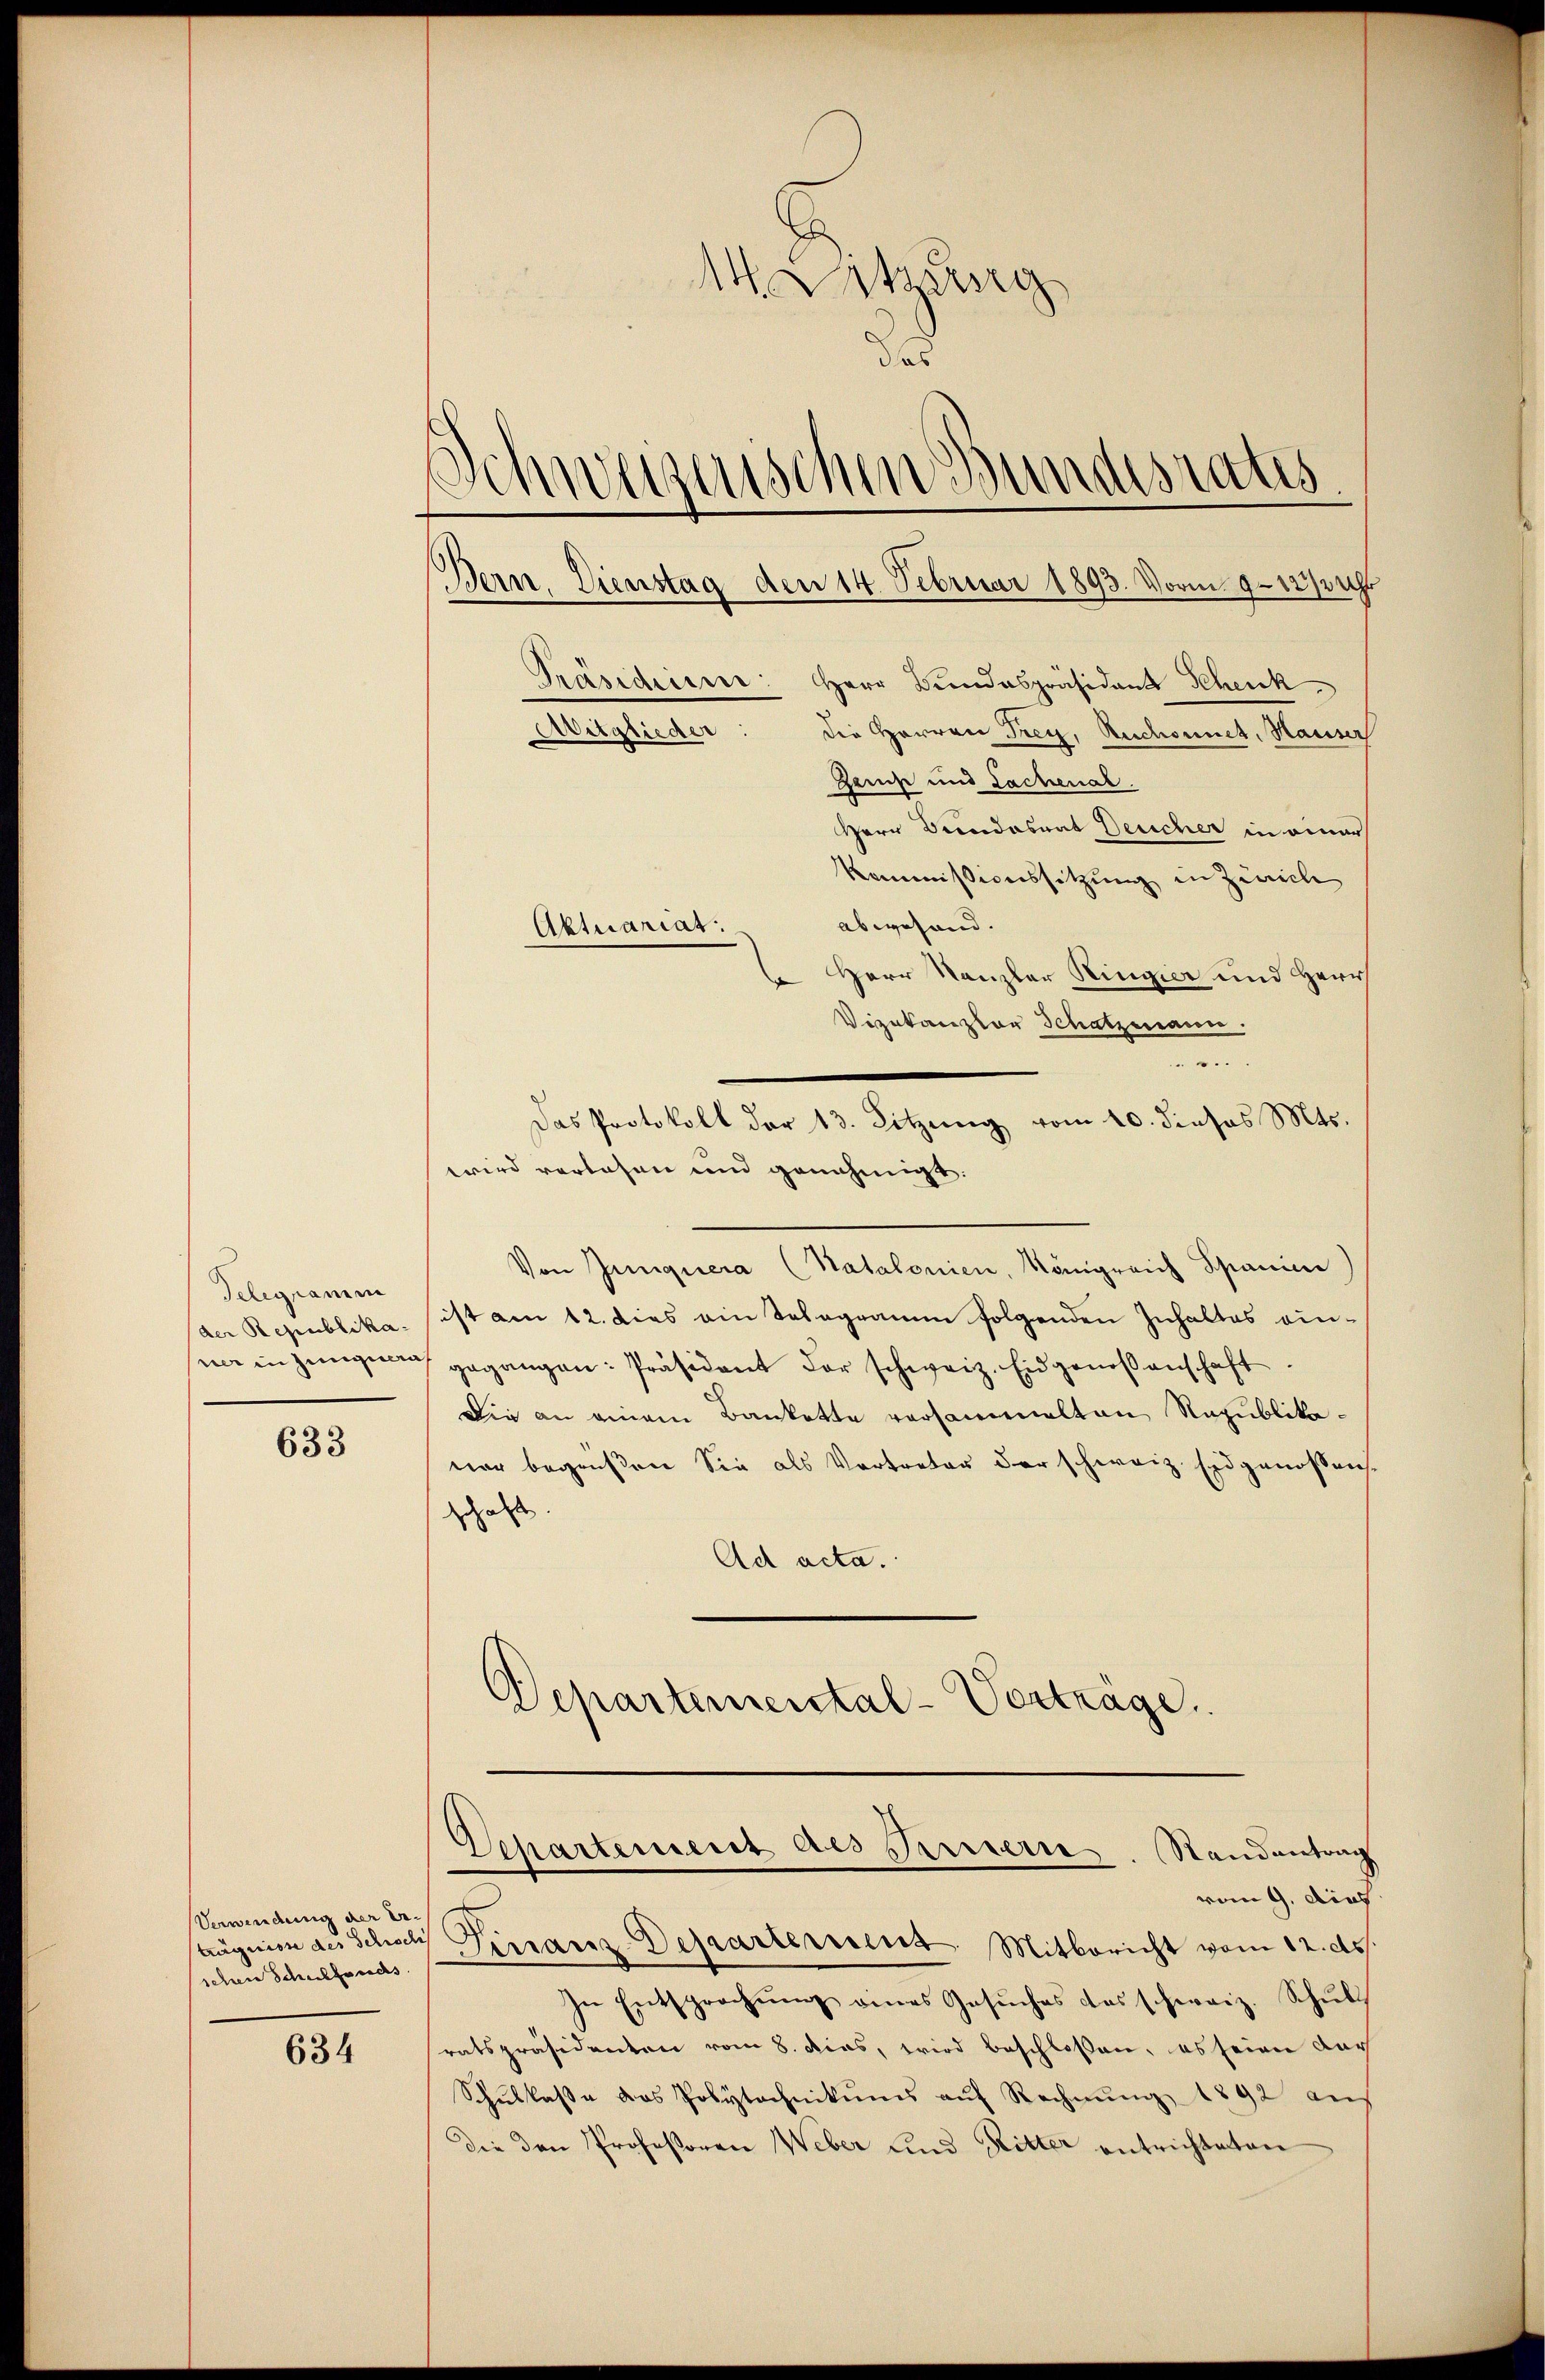
14. Letzung
das
.
Schweizerischen Bundesrats
Bern. Dienstag den 14. Februar 1893. Vorm 9. 1873 Uhr
Präsidiien: Herr Bundespräsiden Khenk
Aitglieder
die Herren Frey, Ruchonnet, Hauser
Heise und Lachenal.
Herr Dresdasnat Deucher in einer

Kommissionssitzung in Zürich
abwesend.
Herr Kanzler Ringier und Herr
Vizekanzler Schatzmann.

wird verlesen und genehmigt.
Von Junquera (Natalonien, Königreich Spanier
ist am 12. dies ein Telegramm folgenden Inhaltes einna in jünger gegangen: Präsident der schweiz. Eidgenoßenschaft.
Die an einem Bankette versammelten Republikavor begrüßen Sie als Vertreter der schweiz. Eidgenossen.
gehalt
Ad acta.
Departemental-Vortrage.

Aktuariat.

Das Protokoll der 13. Sitzung vom 10. dieses Mts.

Telegramm
der Republika-

633

Departement des Fernern. Randantrag
vom 9. dies
tagnien des Schoch Genanz-Departement Mitbericht vom 12. ds.

In Entsprachŭng eines Gesŭches das schweiz. Schŭl
ratspräsidenten vom 8. dies, wird beschloßen, es seiner dar
Schŭlkasse das Polytechnikums auf Rechnung 1892 auf
Die den Professoren Weber und Ritter entrichteten

Verwendung der Er-
sichen Schulfonds

634